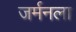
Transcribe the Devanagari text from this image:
जर्मनला